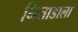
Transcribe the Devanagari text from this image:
भिताडाला